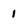
Character: 1